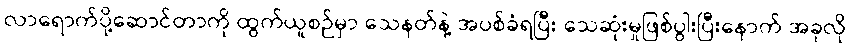
လာရောက်ပို့ဆောင်တာကို ထွက်ယူစဉ်မှာ သေနတ်နဲ့ အပစ်ခံရပြီး သေဆုံးမှုဖြစ်ပွါးပြီးနောက် အခုလို